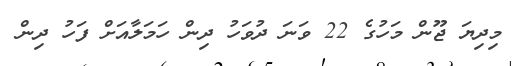
މިދިޔަ ޖޫން މަހުގެ 22 ވަނަ ދުވަހު ދިން ހަމަލާއަށް ފަހު ދިން